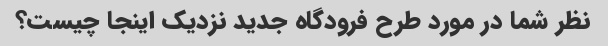
نظر شما در مورد طرح فرودگاه جدید نزدیک اینجا چیست؟